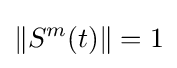
\Vert S^{m}(t)\Vert =1